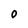
Character: O